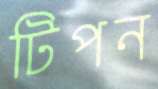
টিপন